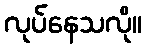
လုပ်နေသလို။